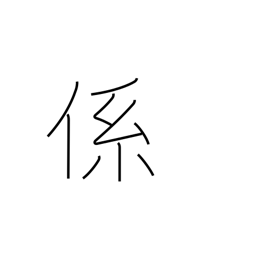
Meaning: connection